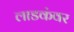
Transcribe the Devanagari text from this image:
लाडकंवर